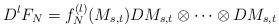
LaTeX: \begin{align*}D^{l}F_{N}=f_{N}^{(l)}(M_{s,t})DM_{s,t}\otimes\cdots\otimes DM_{s,t}\end{align*}